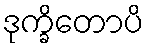
ဒုက္ခိတောပိ